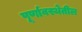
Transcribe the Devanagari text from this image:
पूर्णावस्थेतील